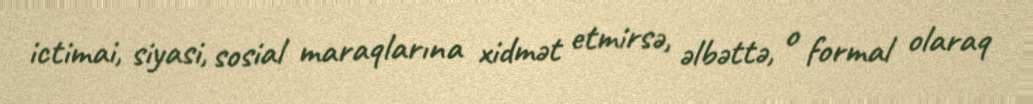
ictimai, siyasi, sosial maraqlarına xidmət etmirsə, əlbəttə, o formal olaraq